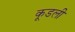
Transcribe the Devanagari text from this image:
कूडली